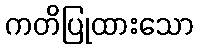
ကတိပြုထားသော